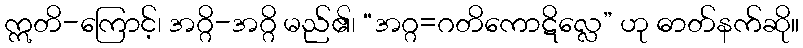
ဣတိ-ကြောင့်၊ အဂ္ဂိ-အဂ္ဂိ မည်၏၊ “အဂ္ဂ=ဂတိကောဋိလ္လေ” ဟု ဓာတ်နက်ဆို။